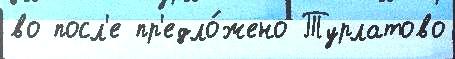
во посл'е пр'едло́жено Турлатово